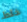
خلط